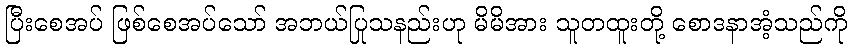
ပြီးစေအပ် ဖြစ်စေအပ်သော် အဘယ်ပြုသနည်းဟု မိမိအား သူတထူးတို့ စောဒနာအံ့သည်ကို